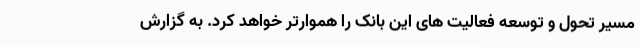
مسیر تحول و توسعه فعالیت های این بانک را هموارتر خواهد کرد. به گزارش